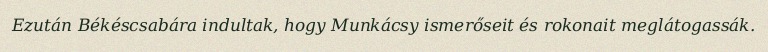
Ezután Békéscsabára indultak, hogy Munkácsy ismerőseit és rokonait meglátogassák.